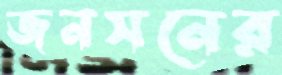
জনসনের